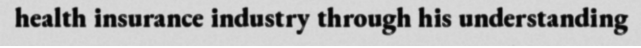
health insurance industry through his understanding